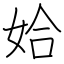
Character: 姶